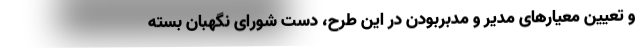
و تعیین معیار‌های مدیر و مدبربودن در این طرح، دست شورای نگهبان بسته